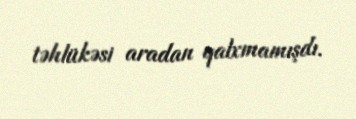
təhlükəsi aradan qalxmamışdı.